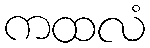
ကထလံ